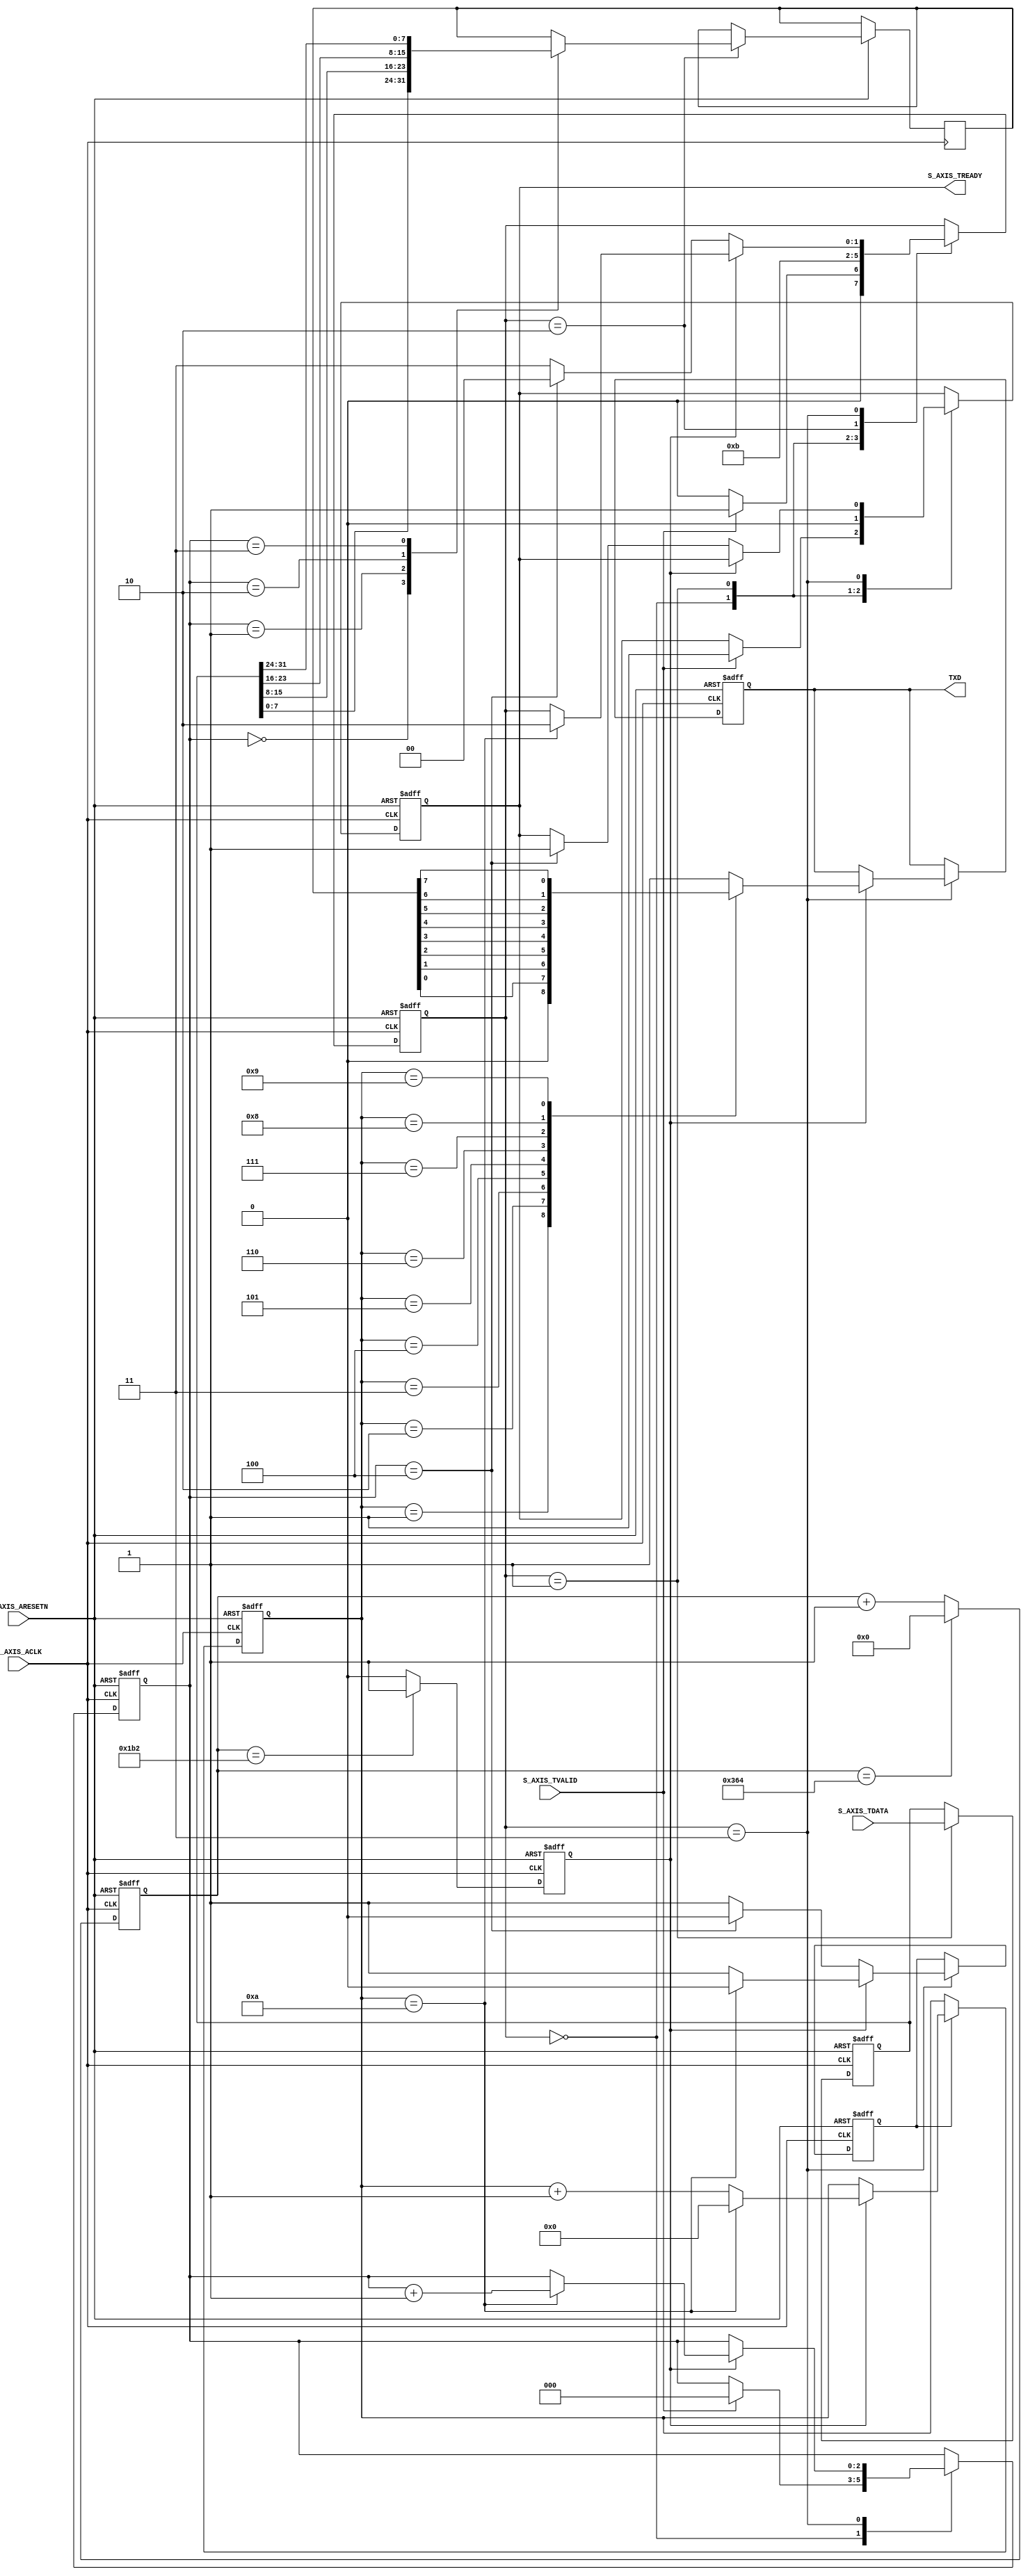

`timescale 1 ns / 1 ps

	module myip1_v1_0_lzs_AXIS #
	(
		// Users to add parameters here
 //  parameter bps_02=10'd868, //100MHz  115200
		// User parameters ends
		// Do not modify the parameters beyond this line

		// AXI4Stream sink: Data Width
		parameter integer C_S_AXIS_TDATA_WIDTH	= 32
	)
	(
		// Users to add ports here
output wire TXD,
		// User ports ends
		// Do not modify the ports beyond this line

		// AXI4Stream sink: Clock
		input wire  S_AXIS_ACLK,
		// AXI4Stream sink: Reset
		input wire  S_AXIS_ARESETN,
		// Ready to accept data in
		output wire  S_AXIS_TREADY,
		// Data in
		input wire [C_S_AXIS_TDATA_WIDTH-1 : 0] S_AXIS_TDATA,
		// Byte qualifier
	//	input wire [(C_S_AXIS_TDATA_WIDTH/8)-1 : 0] S_AXIS_TSTRB,
		// Indicates boundary of last packet
	//	input wire  S_AXIS_TLAST,
		// Data is in valid
		input wire  S_AXIS_TVALID
	);
	// function called clogb2 that returns an integer which has the 
	// value of the ceiling of the log base 2.
	/*function integer clogb2 (input integer bit_depth);
	  begin
	    for(clogb2=0; bit_depth>0; clogb2=clogb2+1)
	      bit_depth = bit_depth >> 1;
	  end
	endfunction

	// Total number of input data.
	localparam NUMBER_OF_INPUT_WORDS  = 8;
	// bit_num gives the minimum number of bits needed to address 'NUMBER_OF_INPUT_WORDS' size of FIFO.
	localparam bit_num  = clogb2(NUMBER_OF_INPUT_WORDS-1);
	// Define the states of state machine
	// The control state machine oversees the writing of input streaming data to the FIFO,
	// and outputs the streaming data from the FIFO
	parameter [1:0] IDLE = 1'b0,        // This is the initial/idle state 

	                WRITE_FIFO  = 1'b1; // In this state FIFO is written with the
	                                    // input stream data S_AXIS_TDATA 
	wire  	axis_tready;
	// State variable
	reg mst_exec_state;  
	// FIFO implementation signals
	genvar byte_index;     
	// FIFO write enable
	wire fifo_wren;
	// FIFO full flag
	reg fifo_full_flag;
	// FIFO write pointer
	reg [bit_num-1:0] write_pointer;
	// sink has accepted all the streaming data and stored in FIFO
	  reg writes_done;
	// I/O Connections assignments

	assign S_AXIS_TREADY	= axis_tready;
	// Control state machine implementation
	always @(posedge S_AXIS_ACLK) 
	begin  
	  if (!S_AXIS_ARESETN) 
	  // Synchronous reset (active low)
	    begin
	      mst_exec_state <= IDLE;
	    end  
	  else
	    case (mst_exec_state)
	      IDLE: 
	        // The sink starts accepting tdata when 
	        // there tvalid is asserted to mark the
	        // presence of valid streaming data 
	          if (S_AXIS_TVALID)
	            begin
	              mst_exec_state <= WRITE_FIFO;
	            end
	          else
	            begin
	              mst_exec_state <= IDLE;
	            end
	      WRITE_FIFO: 
	        // When the sink has accepted all the streaming input data,
	        // the interface swiches functionality to a streaming master
	        if (writes_done)
	          begin
	            mst_exec_state <= IDLE;
	          end
	        else
	          begin
	            // The sink accepts and stores tdata 
	            // into FIFO
	            mst_exec_state <= WRITE_FIFO;
	          end

	    endcase
	end
	// AXI Streaming Sink 
	// 
	// The example design sink is always ready to accept the S_AXIS_TDATA  until
	// the FIFO is not filled with NUMBER_OF_INPUT_WORDS number of input words.
	assign axis_tready = ((mst_exec_state == WRITE_FIFO) && (write_pointer <= NUMBER_OF_INPUT_WORDS-1));

	always@(posedge S_AXIS_ACLK)
	begin
	  if(!S_AXIS_ARESETN)
	    begin
	      write_pointer <= 0;
	      writes_done <= 1'b0;
	    end  
	  else
	    if (write_pointer <= NUMBER_OF_INPUT_WORDS-1)
	      begin
	        if (fifo_wren)
	          begin
	            // write pointer is incremented after every write to the FIFO
	            // when FIFO write signal is enabled.
	            write_pointer <= write_pointer + 1;
	            writes_done <= 1'b0;
	          end
	          if ((write_pointer == NUMBER_OF_INPUT_WORDS-1)|| S_AXIS_TLAST)
	            begin
	              // reads_done is asserted when NUMBER_OF_INPUT_WORDS numbers of streaming data 
	              // has been written to the FIFO which is also marked by S_AXIS_TLAST(kept for optional usage).
	              writes_done <= 1'b1;
	            end
	      end  
	end

	// FIFO write enable generation
	assign fifo_wren = S_AXIS_TVALID && axis_tready;

	// FIFO Implementation
	generate 
	  for(byte_index=0; byte_index<= (C_S_AXIS_TDATA_WIDTH/8-1); byte_index=byte_index+1)
	  begin:FIFO_GEN

	    reg  [(C_S_AXIS_TDATA_WIDTH/4)-1:0] stream_data_fifo [0 : NUMBER_OF_INPUT_WORDS-1];

	    // Streaming input data is stored in FIFO

	    always @( posedge S_AXIS_ACLK )
	    begin
	      if (fifo_wren)// && S_AXIS_TSTRB[byte_index])
	        begin
	          stream_data_fifo[write_pointer] <= S_AXIS_TDATA[(byte_index*8+7) -: 8];
	        end  
	    end  
	  end		
	endgenerate

	// Add user logic here

	// User logic ends

	endmodule
*/
reg[1:0] state;
parameter  IDLE = 2'b00, WR=2'b01,WRR=2'b10,UART=2'b11;
reg clk_en;
reg ready;
reg [9:0]div_cnt;
 reg [7:0] data;
reg[2:0] i;
 reg[31:0] stream_data;
reg[3:0] num_cnt;
reg flag;
reg txd;
assign TXD=txd;
//wire [7:0]uart_in;
//assign uart_in=data;
/*
	// function called clogb2 that returns an integer which has the 
	// value of the ceiling of the log base 2.
	function integer clogb2 (input integer bit_depth);
	  begin
	    for(clogb2=0; bit_depth>0; clogb2=clogb2+1)
	      bit_depth = bit_depth >> 1;
	  end
	endfunction

	// Total number of input data.
	localparam NUMBER_OF_INPUT_WORDS  = 8;
	// bit_num gives the minimum number of bits needed to address 'NUMBER_OF_INPUT_WORDS' size of FIFO.
	localparam bit_num  = clogb2(NUMBER_OF_INPUT_WORDS-1);
	// Define the states of state machine
	// The control state machine oversees the writing of input streaming data to the FIFO,
	// and outputs the streaming data from the FIFO
	parameter [1:0] IDLE = 1'b0,        // This is the initial/idle state 

	                WRITE_FIFO  = 1'b1; // In this state FIFO is written with the
	                                    // input stream data S_AXIS_TDATA 
	wire  	axis_tready;
	// State variable
	reg mst_exec_state;  
	// FIFO implementation signals
	genvar byte_index;     
	// FIFO write enable
	wire fifo_wren;
	// FIFO full flag
	reg fifo_full_flag;
	// FIFO write pointer
	reg [bit_num-1:0] write_pointer;
	// sink has accepted all the streaming data and stored in FIFO
	  reg writes_done;
	// I/O Connections assignments

	assign S_AXIS_TREADY	= axis_tready;
	// Control state machine implementation
	always @(posedge S_AXIS_ACLK) 
	begin  
	  if (!S_AXIS_ARESETN) 
	  // Synchronous reset (active low)
	    begin
	      mst_exec_state <= IDLE;
	    end  
	  else
	    case (mst_exec_state)
	      IDLE: 
	        // The sink starts accepting tdata when 
	        // there tvalid is asserted to mark the
	        // presence of valid streaming data 
	          if (S_AXIS_TVALID)
	            begin
	              mst_exec_state <= WRITE_FIFO;
	            end
	          else
	            begin
	              mst_exec_state <= IDLE;
	            end
	      WRITE_FIFO: 
	        // When the sink has accepted all the streaming input data,
	        // the interface swiches functionality to a streaming master
	        if (writes_done)
	          begin
	            mst_exec_state <= IDLE;
	          end
	        else
	          begin
	            // The sink accepts and stores tdata 
	            // into FIFO
	            mst_exec_state <= WRITE_FIFO;
	          end

	    endcase
	end

	assign axis_tready = (mst_exec_state == WRITE_FIFO) ;//&& (write_pointer <= NUMBER_OF_INPUT_WORDS-1));

	always@(posedge S_AXIS_ACLK)
	begin
	  if(!S_AXIS_ARESETN)
	    begin
	      write_pointer <= 0;
	      writes_done <= 1'b0;
	    end  
	  else
//	    if (write_pointer <= NUMBER_OF_INPUT_WORDS-1)
	      begin
	        if (fifo_wren)
	          begin
	            // write pointer is incremented after every write to the FIFO
	            // when FIFO write signal is enabled.
	            write_pointer <= write_pointer + 1;
	            writes_done <= 1'b0;
	          end
	          if ((write_pointer == NUMBER_OF_INPUT_WORDS-1)|| S_AXIS_TLAST)
	            begin
	              // reads_done is asserted when NUMBER_OF_INPUT_WORDS numbers of streaming data 
	              // has been written to the FIFO which is also marked by S_AXIS_TLAST(kept for optional usage).
	              writes_done <= 1'b1;
	            end
	      end  
	end

	// FIFO write enable generation
	assign fifo_wren = S_AXIS_TVALID && axis_tready;

	// FIFO Implementation
 reg  [(C_S_AXIS_TDATA_WIDTH/4)-1:0] stream_data_fifo [0 : NUMBER_OF_INPUT_WORDS-1];
	generate 
	  for(byte_index=0; byte_index<= (C_S_AXIS_TDATA_WIDTH/8-1); byte_index=byte_index+1)
	  begin:FIFO_GEN

	   // reg  [(C_S_AXIS_TDATA_WIDTH/4)-1:0] stream_data_fifo [0 : NUMBER_OF_INPUT_WORDS-1];

	    // Streaming input data is stored in FIFO

	    always @( posedge S_AXIS_ACLK )
	    begin
	      if (fifo_wren)// && S_AXIS_TSTRB[byte_index])
	        begin
	          stream_data_fifo[write_pointer] <= S_AXIS_TDATA[(byte_index*8+7) -: 8];
	        end  
	    end  
	  end		
	endgenerate
*/
	assign S_AXIS_TREADY	= ready;	
//
    always @(posedge S_AXIS_ACLK or negedge S_AXIS_ARESETN)begin
            if(!S_AXIS_ARESETN)begin
                   state<=IDLE;stream_data<=0; ready<=0;i<=0;  txd<=1'b1; flag<=0;
	   end
	   else case(state)
		   IDLE:begin
			   if(S_AXIS_TVALID)begin
				   
				   state<=WR;
				   ready<=1;
				   i<=0;
			   end
			   else state<=IDLE;
		   end
	         WR:begin
			 stream_data<=S_AXIS_TDATA;
			 state<=WRR;
			 ready<=0;
		 end
		 WRR:begin 
		        
		        
		           case(i)
		           0:data<=stream_data[7:0];
		           1:data<=stream_data[15:8];
	                   2:data<=stream_data[23:16];
		           3:data<=stream_data[31:24];
	                   endcase
			   state<=UART;
		            
		        end

		  UART:begin
		      flag<=1;
			  if(clk_en)begin
			     case(num_cnt)
          4'd0:txd<=1'b1;
          4'd1:txd<=1'b0;   //
          4'd2:txd<=data[0];
          4'd3:txd<=data[1];
          4'd4:txd<=data[2];
          4'd5:txd<=data[3]; 
          4'd6:txd<=data[4];
          4'd7:txd<=data[5];
          4'd8:txd<=data[6];
          4'd9:txd<=data[7]; 
	  4'd10:txd<=1'b1;
	  default:txd<=1'b1;
                           endcase
			   
			 if(num_cnt==4'd10)begin	   
	   		 i<=i+1;state<=WRR; flag<=0;
			   
		           end
		     end
		     else if(i==3'd4)
		     begin state<=IDLE; flag<=0;
		     ready<=1;end
		          else
			     state<=UART;
	     end
	     





	 endcase
 end






		  










      //clk_en
      always @(posedge S_AXIS_ACLK or negedge S_AXIS_ARESETN)begin
	      if(!S_AXIS_ARESETN)begin
		//      clk_en<=0;
		      div_cnt<=0;
	      end
	      else if(div_cnt==10'd868)begin
		//      clk_en<=1;
		      div_cnt<=0;
	      end

	      else begin
		      div_cnt<=div_cnt+1;
		//      clk_en<=0;
	      end
      end
	  ////////clk_en     
       always @(posedge S_AXIS_ACLK or negedge S_AXIS_ARESETN)begin
               if(!S_AXIS_ARESETN)begin
               clk_en<=0;
              //     div_cnt<=0;
               end
               else if(div_cnt==10'd434)begin
                 clk_en<=1;
              //     div_cnt<=0;
               end
     
               else begin
                //   div_cnt<=div_cnt+1;
                  clk_en<=0;
               end
           end
/*
//
    always  @(posedge S_AXIS_ACLK or negedge S_AXIS_ARESETN)begin
             if(!S_AXIS_ARESETN)begin
		     data<=0;
	     end
	    else data<=stream_data_fifo[write_pointer];
     end*/


//
 always  @(posedge S_AXIS_ACLK or negedge S_AXIS_ARESETN)begin
             if(!S_AXIS_ARESETN)begin
		     num_cnt<=0;
	     end
	     else if(flag)begin
	     if(clk_en)begin
		     if(num_cnt==4'd10)begin
			     num_cnt<=0;
		     end
		     else num_cnt<=num_cnt+1;
	     end
	     end
     end
      
	
	



  /*   always  @(posedge S_AXIS_ACLK or negedge S_AXIS_ARESETN)begin
             if(!S_AXIS_ARESETN)begin
		     txd<=1'b1;end
	     else if(clk_en)begin
			     case(num_cnt)
          4'd0:txd<=1'b1;
          4'd1:txd<=1'b0;   //
          4'd2:txd<=data[0];
          4'd3:txd<=data[1];
          4'd4:txd<=data[2];
          4'd5:txd<=data[3]; 
          4'd6:txd<=data[4];
          4'd7:txd<=data[5];
          4'd8:txd<=data[6];
          4'd9:txd<=data[7]; 
	  4'd10:txd<=1'b1;
	  default:txd<=1'b1;
                           endcase
		   end
	   end

	*/			     

	    
     //





	// User logic ends

	endmodule